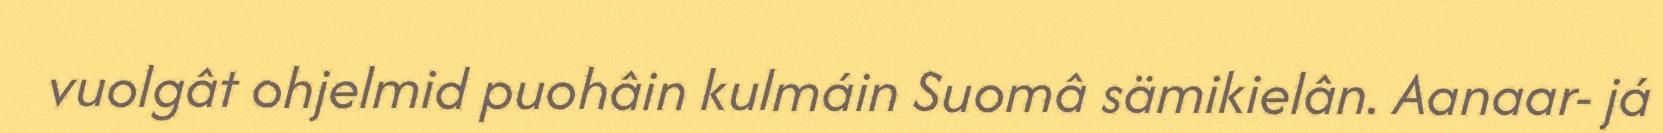
vuolgât ohjelmid puohâin kulmáin Suomâ sämikielân. Aanaar- já